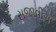
સજાવીએ